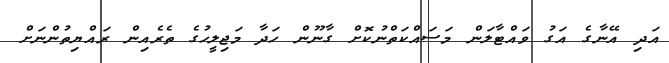
އަދި އޭނާގެ އަގު ވައްޓާލަން މަސައްކަތްނުކޮށް ގާނޫން ހަދާ މަޖިލީހުގެ ތެރެއިން ރައްޔިތުންނަށް